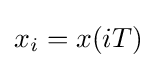
x_{i}=x(iT)